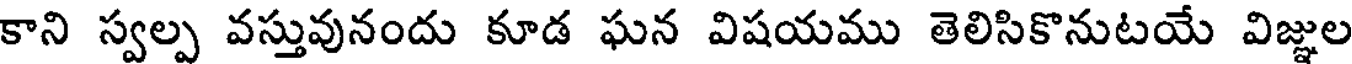
కాని స్వల్ప వస్తువునందు కూడ ఘన విషయము తెలిసికొనుటయే విజ్ఞుల